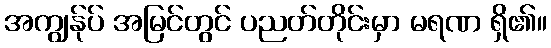
အကျွန်ုပ် အမြင်တွင် ပညတ်တိုင်းမှာ မရဏ ရှိ၏။